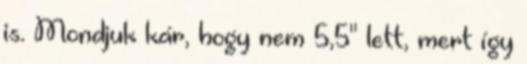
is. Mondjuk kár, hogy nem 5,5" lett, mert így